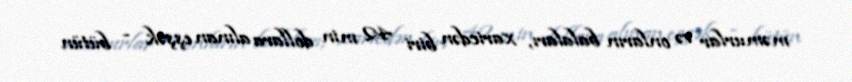
məmurlar və onların balaları, xaricdən biri 42 min dollara alınan eşşək - bütün